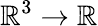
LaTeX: \mathbb{R}^{3}\to\mathbb{R}